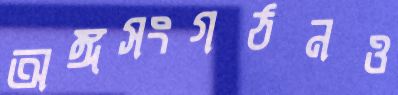
অঙ্গসংগঠনও